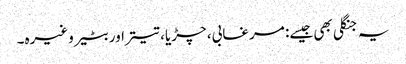
یہ جنگلی بھی جیسے: مرغابی، چڑیا، تیتراور بٹیر وغیرہ۔